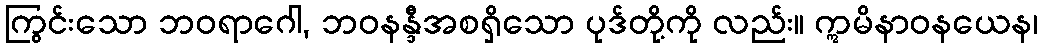
ကြွင်းသော ဘဝရာဂေါ, ဘဝနန္ဒီအစရှိသော ပုဒ်တို့ကို လည်း။ ဣမိနာဝနယေန၊